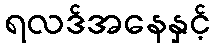
ရလဒ်အနေနှင့်